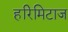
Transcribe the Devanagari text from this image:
हरिमिटाज